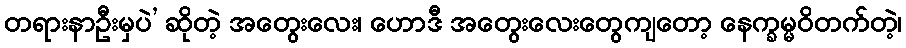
တရားနာဦးမှပဲ’ ဆိုတဲ့ အတွေးလေး၊ ဟောဒီ အတွေးလေးတွေကျတော့ နေက္ခမ္မဝိတက်တဲ့၊